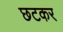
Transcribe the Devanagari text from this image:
छटकर